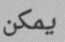
يمكن